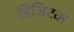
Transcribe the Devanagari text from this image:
डिजिटक